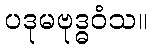
ပဒုမဗုဒ္ဓဝံသ။